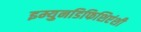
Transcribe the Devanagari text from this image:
इम्युनडिफिशिएंशी